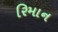
રિમાન